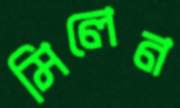
মিলেন